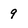
Character: 9